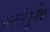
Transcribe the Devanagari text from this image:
भक्‍तीपुर्वक